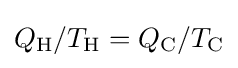
Q_{\mathrm {H} }/T_{\mathrm {H} }=Q_{\mathrm {C} }/T_{\mathrm {C} }